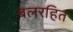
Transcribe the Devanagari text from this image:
बलरहित